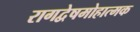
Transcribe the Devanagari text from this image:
रागद्वेषमोहात्मक